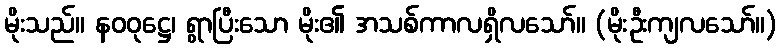
မိုးသည်။ နဝဝုဋ္ဌေ၊ ရွာပြီးသော မိုး၏ အသစ်ကာလရှိလသော်။ (မိုးဦးကျလသော်။)